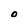
Character: o